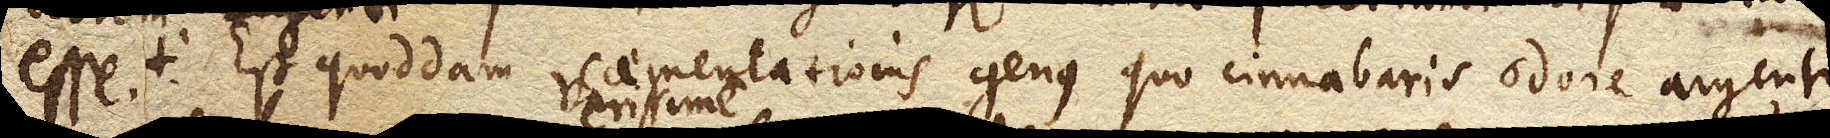
esse, plumbum lebetes optime munitos perforat. Est quoddam caementationis genus quo cinnabaris odore argenti